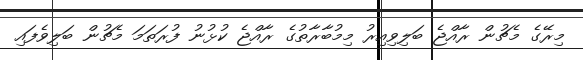
މިރޭގެ މެޗުން ރާއްޖެ ބަލިވިއިރު މިމުބާރާތުގެ ރާއްޖެ ކުޅުނު ފުރަތަމަ މެޗުން ބަލިވެފައި